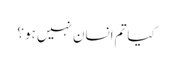
کیاتم انسان نہیں ہو ؟